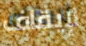
لإيقاف